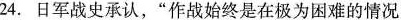
24.日军战史承认，”作战始终是在极为困难的情况